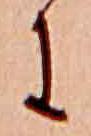
に